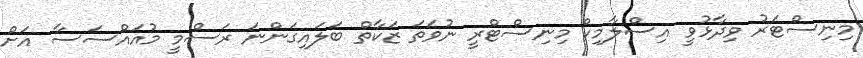
މިނިސްޓަރު ވިދާޅުވީ އިސްލާމިކް މިނިސްޓްރީ ނުވަތަ ޒަކާތް ބަލައިގަންނަ ރަސްމީ މުއައްސަސާ އަށް